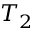
T _ { 2 }